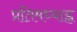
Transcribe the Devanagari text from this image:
प्रतिमध्याह्न